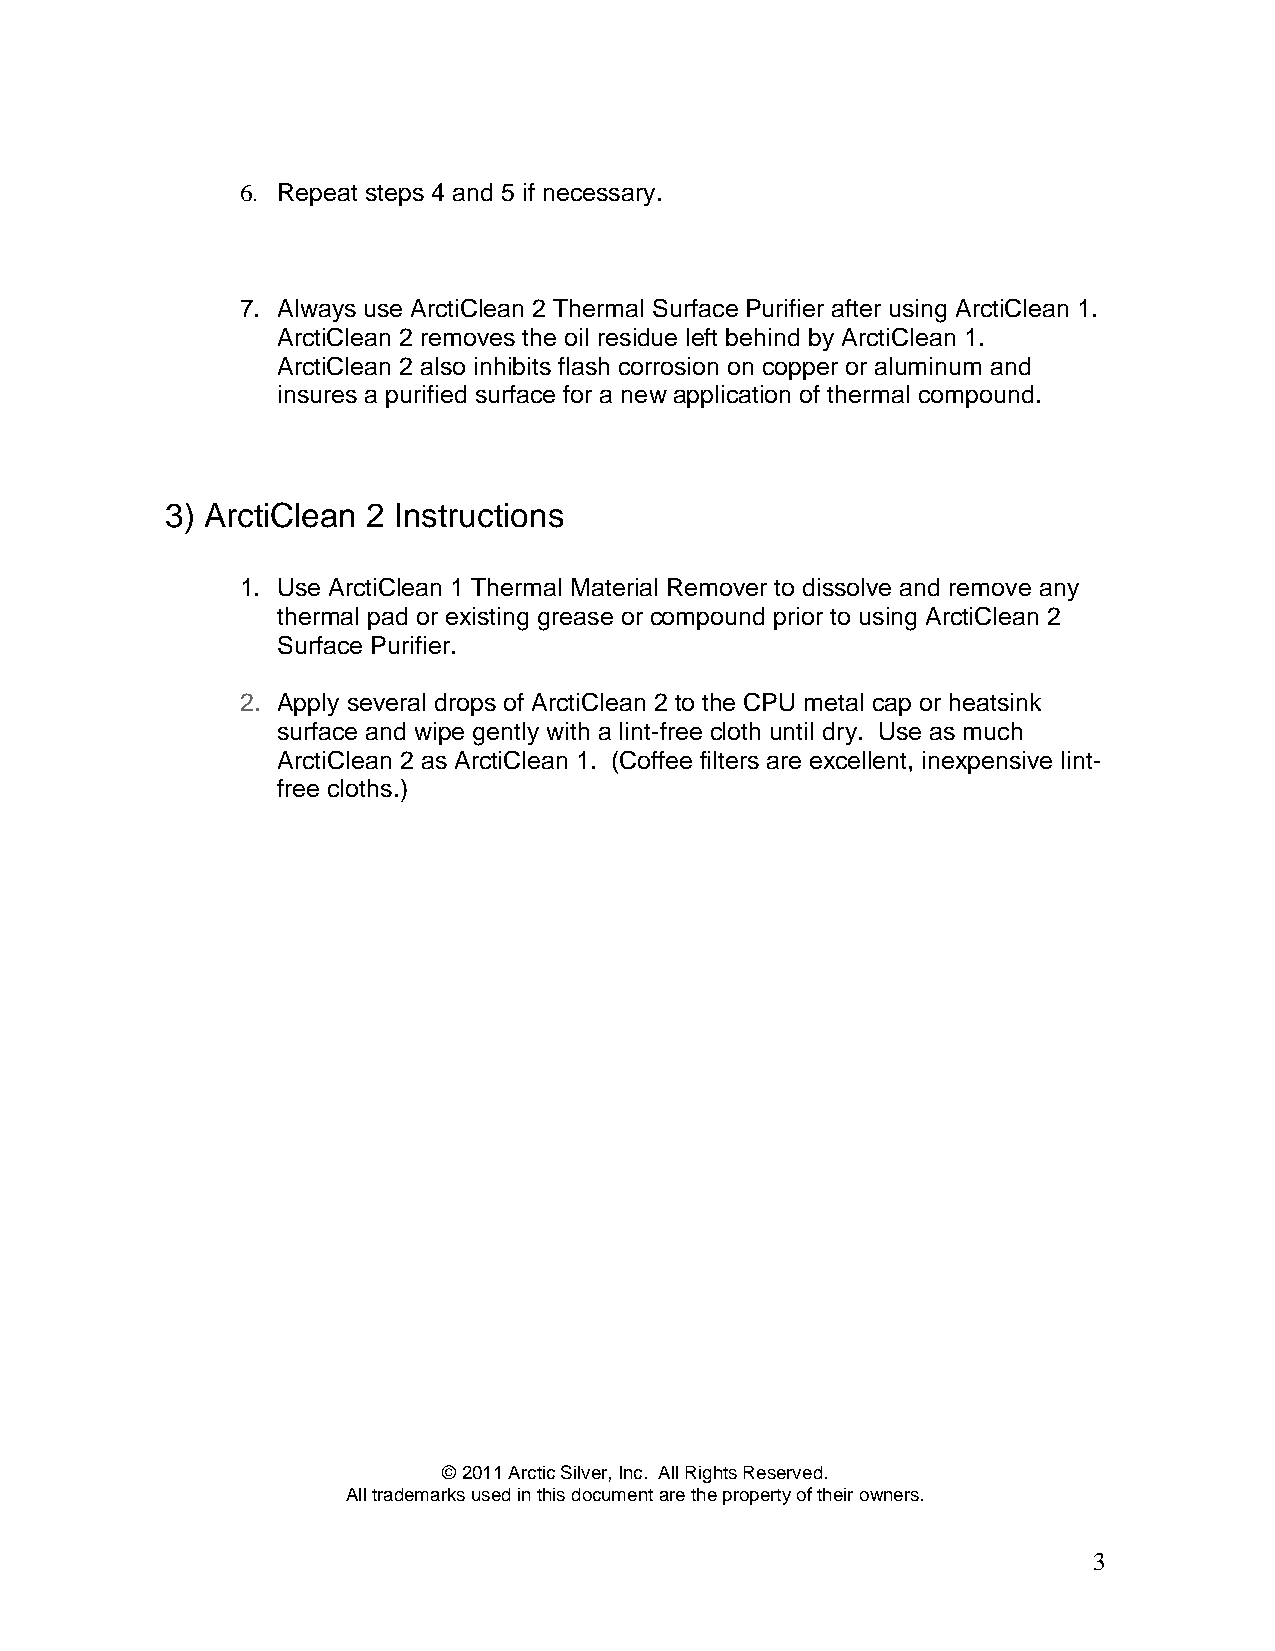
6. Repeat steps 4 and 5 if necessary.
 7. Always use ArctiClean 2 Thermal Surface Purifier after using ArctiClean 1.
 ArctiClean 2 removes the oil residue left behind by ArctiClean 1.
 ArctiClean 2 also inhibits flash corrosion on copper or aluminum and
 insures a purified surface for a new application of thermal compound.
 3) ArctiClean 2 Instructions
 1. Use ArctiClean 1 Thermal Material Remover to dissolve and remove any
 thermal pad or existing grease or compound prior to using ArctiClean 2
 Surface Purifier.
 2. Apply several drops of ArctiClean 2 to the CPU metal cap or heatsink
 surface and wipe gently with a lint-free cloth until dry. Use as much
 ArctiClean 2 as ArctiClean 1. (Coffee filters are excellent, inexpensive lint-
 free cloths.)
 © 2011 Arctic Silver, Inc. All Rights Reserved.
 All trademarks used in this document are the property of their owners.
 3